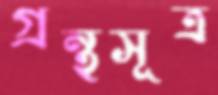
গ্রন্থসূত্র